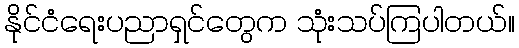
နိုင်ငံရေးပညာရှင်တွေက သုံးသပ်ကြပါတယ်။